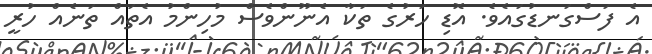
އެ ފަސްގަނޑުގައެވެ. އޮޑި ހަރުގެ ތަކާ އެނޫންވެސް މުހިންމު އެތައް ތަނެއް ހުރީ